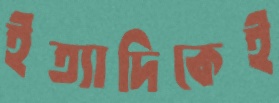
ইত্যাদিকেই